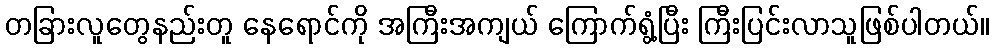
တခြားလူတွေနည်းတူ နေရောင်ကို အကြီးအကျယ် ကြောက်ရွံ့ပြီး ကြီးပြင်းလာသူဖြစ်ပါတယ်။